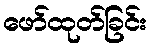
ဖော်ထုတ်ခြင်း